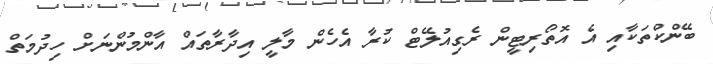
ބޭންކްތަކާއި އެ އޮތޯރިޓީން ރެގިއުލޭޓް ކުރާ އެހެން މާލީ އިދާރާތައް އާންމުންނަށް ހިދުމަތް